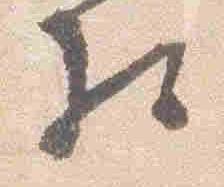
相